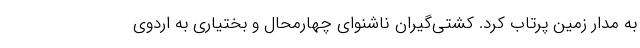
به مدار زمین پرتاب کرد. کشتی‌گیران ناشنوای چهارمحال و بختیاری به اردوی